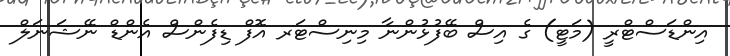
އިންޑަސްޓްރީ (މަޓީ) ގެ އިސް ބޭފުޅުންނާ މިނިސްޓަރ އޮފް ޑިފެންސް އެންޑް ނޭޝަނަލް